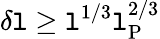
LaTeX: \delta\mathtt{l}\ge\mathtt{l}^{1/3}\mathtt{l}_{\mathrm{{P}}}^{2/3}